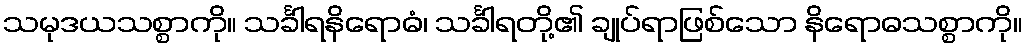
သမုဒယသစ္စာကို။ သင်္ခါရနိရောဓံ၊ သင်္ခါရတို့၏ ချုပ်ရာဖြစ်သော နိရောဓသစ္စာကို။